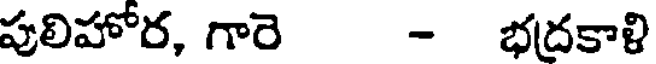
పులిహోర, గారె - భద్రకాళి